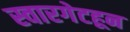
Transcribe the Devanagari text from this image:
स्वारगेटहून